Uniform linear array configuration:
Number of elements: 16
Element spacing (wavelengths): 0.5
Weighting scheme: cosine
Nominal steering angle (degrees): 0
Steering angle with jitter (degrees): -0.7058
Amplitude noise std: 0.05
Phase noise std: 0.05

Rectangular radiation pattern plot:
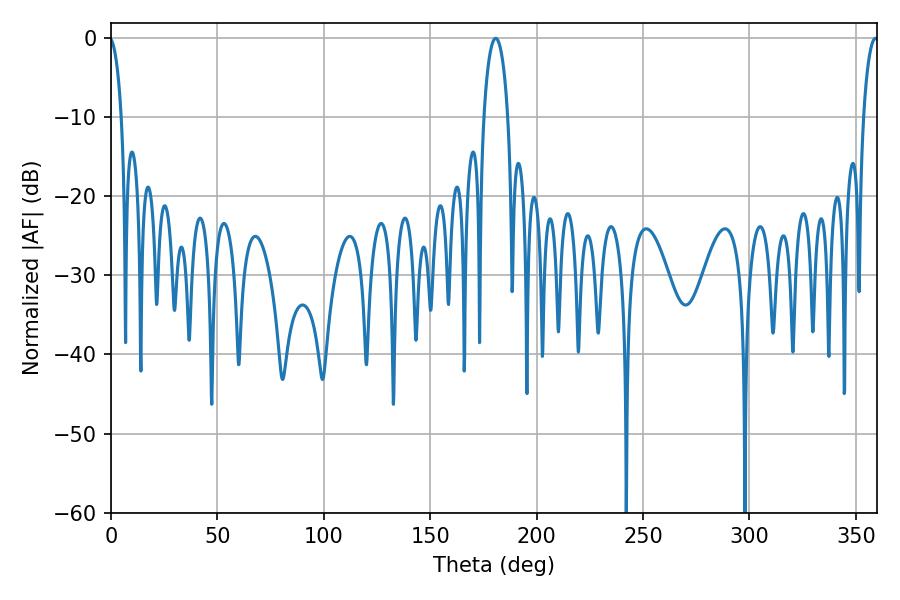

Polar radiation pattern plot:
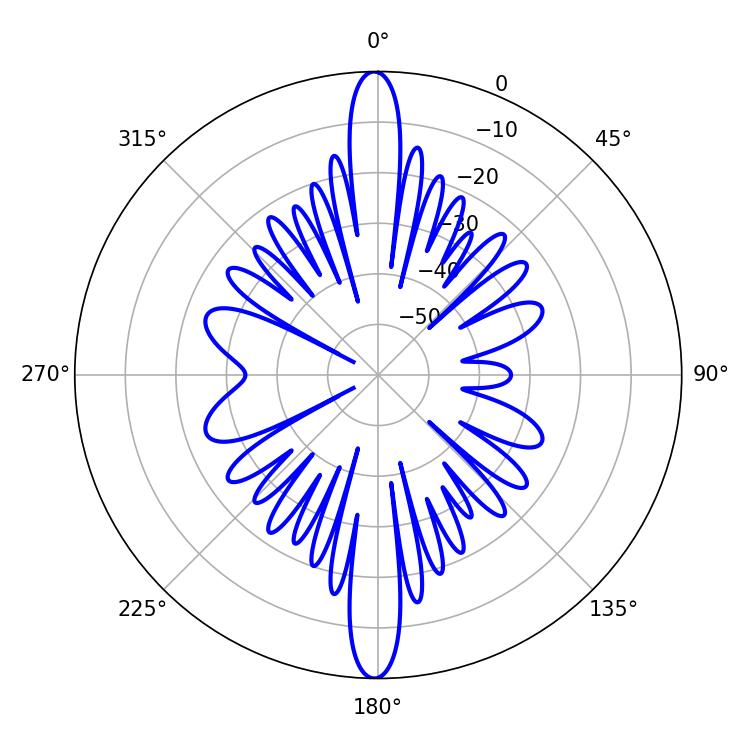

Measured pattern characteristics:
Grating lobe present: FALSE
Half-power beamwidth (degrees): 6.48
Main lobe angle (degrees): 180.72